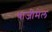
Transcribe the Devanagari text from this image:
थाजीमेल